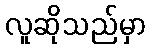
လူဆိုသည်မှာ